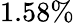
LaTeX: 1.58\%